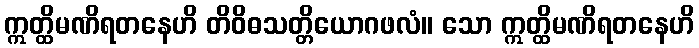
ဣတ္ထိမဏိရတနေဟိ တိဝိဓသတ္တိယောဂဖလံ။ သော ဣတ္ထိမဏိရတနေဟိ